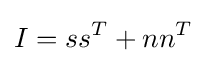
I=ss^{T}+nn^{T}